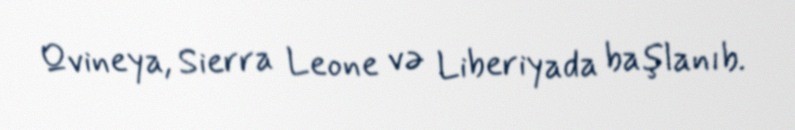
Qvineya, Sierra Leone və Liberiyada başlanıb.